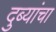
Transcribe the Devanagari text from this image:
दुब्यांचा